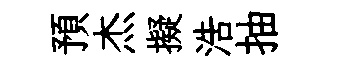
預杰擬浩抽